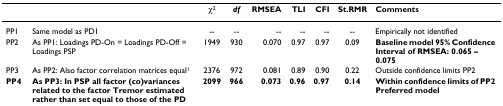
<table><thead><tr><td></td><td></td><td><b>χ<sup>2</sup></b></td><td><b><i>df</i></b></td><td><b>RMSEA</b></td><td><b>TLI</b></td><td><b>CFI</b></td><td><b>St.RMR</b></td><td><b>Comments</b></td></tr></thead><tbody><tr><td>PP1</td><td>Same model as PD1</td><td>--</td><td>--</td><td>--</td><td>--</td><td>--</td><td>--</td><td>Empirically not identified</td></tr><tr><td>PP2</td><td>As PP1: Loadings PD-On = Loadings PD-Off = Loadings PSP</td><td>1949</td><td>930</td><td>0.070</td><td>0.97</td><td>0.97</td><td>0.09</td><td><b>Baseline model </b><b>95% Confidence Interval of RMSEA: </b><b>0.065 – 0.075</b></td></tr><tr><td>PP3</td><td>As PP2: Also factor correlation matrices equal<sup>1</sup></td><td>2376</td><td>972</td><td>0.081</td><td>0.89</td><td>0.90</td><td>0.22</td><td>Outside confidence limits PP2</td></tr><tr><td><b>PP4</b></td><td><b>As PP3: </b><b>In PSP all factor (co)variances related to the factor Tremor estimated rather than set equal to those of the PD groups</b></td><td><b>2099</b></td><td><b>966</b></td><td><b>0.073</b></td><td><b>0.96</b></td><td><b>0.97</b></td><td><b>0.14</b></td><td><b>Within confidence limits of PP2 </b><b>Preferred model</b></td></tr></tbody></table>